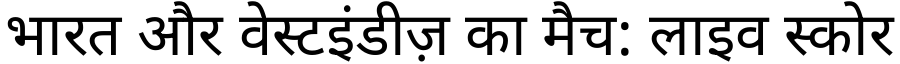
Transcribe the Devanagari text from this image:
भारत और वेस्टइंडीज़ का मैच: लाइव स्कोर